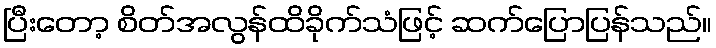
ပြီးတော့ စိတ်အလွန်ထိခိုက်သံဖြင့် ဆက်ပြောပြန်သည်။